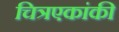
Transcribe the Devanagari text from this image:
चित्रएकांकी